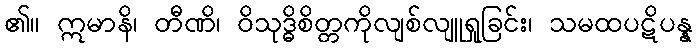
၏။ ဣမာနိ၊ တီဏိ၊ ဝိသုဒ္ဓိစိတ္တကိုလျစ်လျူရှုခြင်း၊ သမထပဋိပန္န